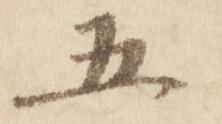
五